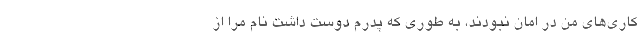
کاری‌های من در امان نبودند، به طوری که پدرم دوست داشت نام مرا از